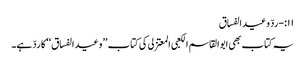
۱۱:-ردّ وعید الفساق
یہ کتاب بھی ابوالقاسم الکعبی المعتزلی کی کتاب ’’وعید الفساق‘‘ کا ردّ ہے۔